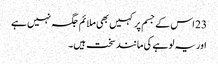
23 اس کے جسم پر کہیں بھی ملائم جگہ نہیں ہے
اور یہ لو ہے کی مانند سخت ہیں۔